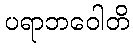
ပရာဘဝေါတိ